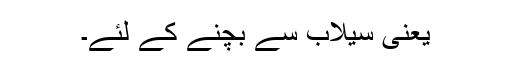
یعنی سیلاب سے بچنے کے لئے۔